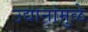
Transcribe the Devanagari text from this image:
उद्यानांमुळे